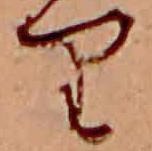
り